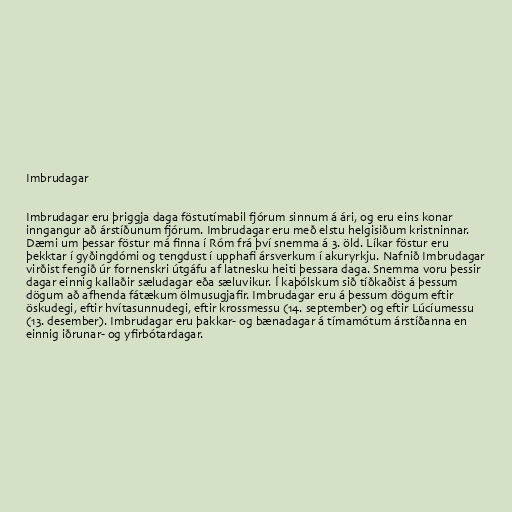
Imbrudagar

Imbrudagar eru þriggja daga föstutímabil fjórum sinnum á ári, og eru eins konar
inngangur að árstíðunum fjórum. Imbrudagar eru með elstu helgisiðum kristninnar.
Dæmi um þessar föstur má finna í Róm frá því snemma á 3. öld. Líkar föstur eru
þekktar í gyðingdómi og tengdust í upphafi ársverkum í akuryrkju. Nafnið Imbrudagar
virðist fengið úr fornenskri útgáfu af latnesku heiti þessara daga. Snemma voru þessir
dagar einnig kallaðir sæludagar eða sæluvikur. Í kaþólskum sið tíðkaðist á þessum
dögum að afhenda fátækum ölmusugjafir. Imbrudagar eru á þessum dögum eftir
öskudegi, eftir hvítasunnudegi, eftir krossmessu (14. september) og eftir Lúcíumessu
(13. desember). Imbrudagar eru þakkar- og bænadagar á tímamótum árstíðanna en
einnig iðrunar- og yfirbótardagar.